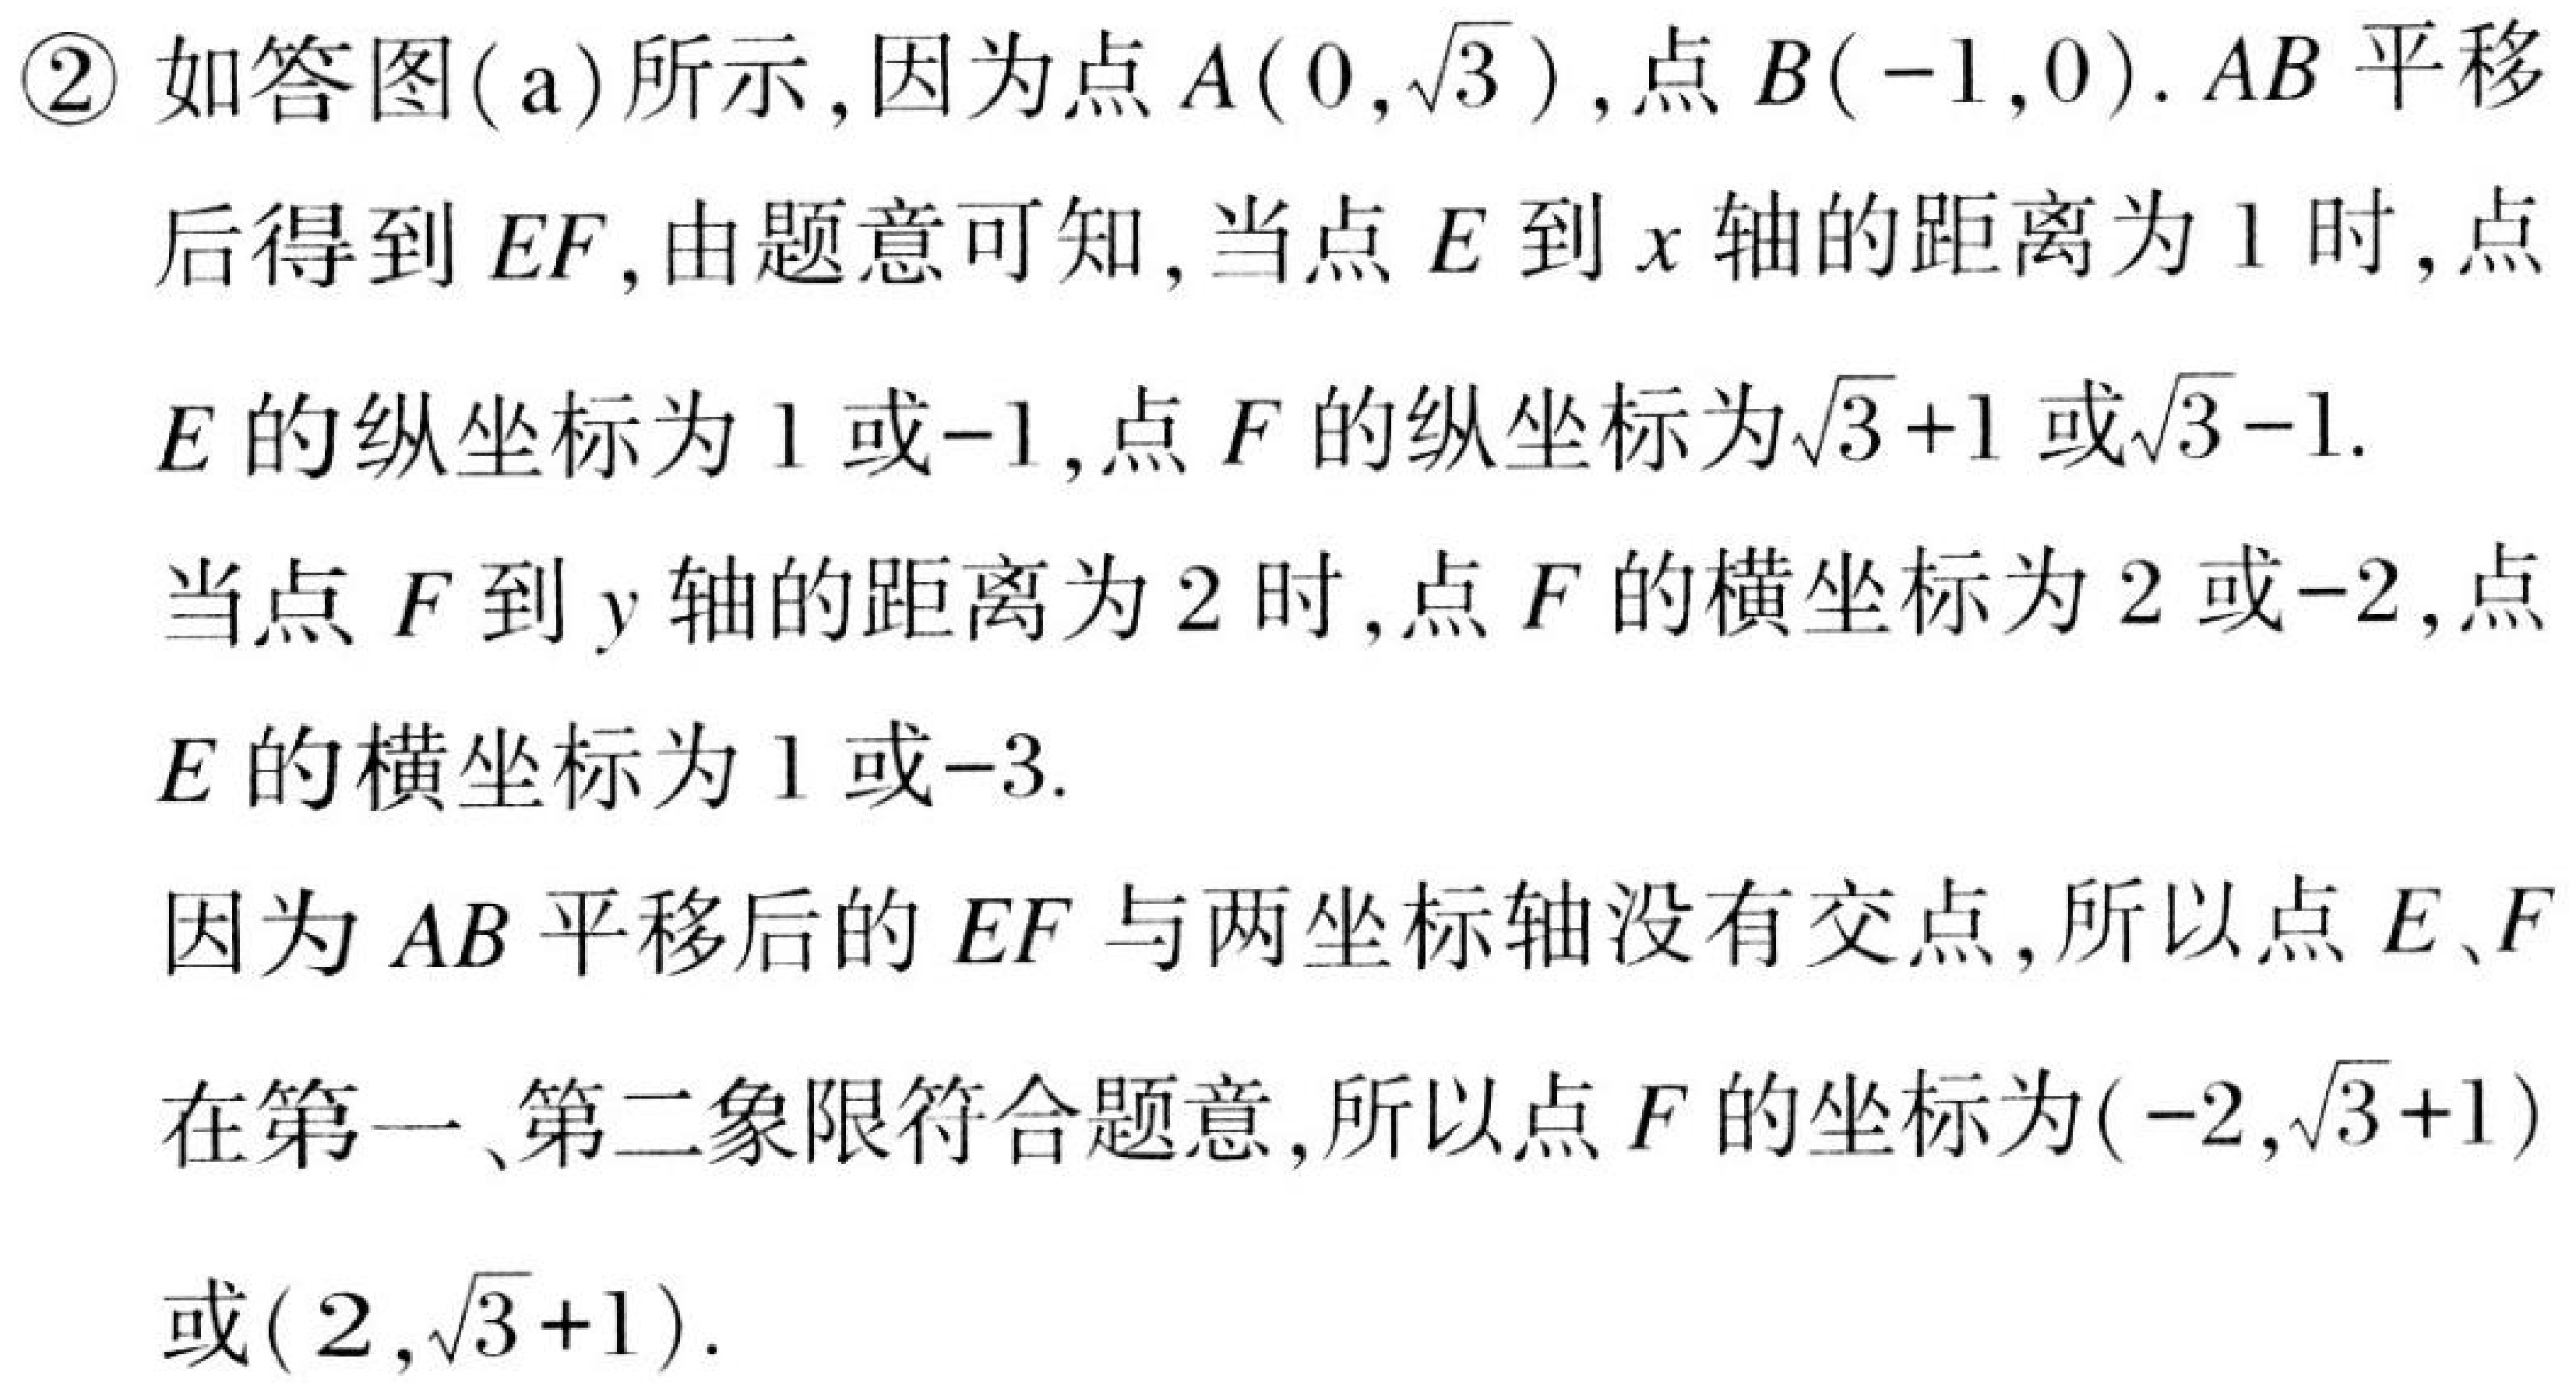
\textcircled{2} 如答图(a)所示,因为点\(A(0,\sqrt{3})\),点\(B(-1,0)\). \(AB\)平移后得到\(EF\),由题意可知,当点\(E\)到\(x\)轴的距离为\(1\)时,点\(E\)的纵坐标为\(1\)或\(-1\),点\(F\)的纵坐标为\(\sqrt{3}+1\)或\(\sqrt{3}-1\).
当点\(F\)到\(y\)轴的距离为\(2\)时,点\(F\)的横坐标为\(2\)或\(-2\),点\(E\)的横坐标为\(1\)或\(-3\).
因为\(AB\)平移后的\(EF\)与两坐标轴没有交点,所以点\(E\)、\(F\)在第一、第二象限符合题意,所以点\(F\)的坐标为\((-2,\sqrt{3}+1)\)或\((2,\sqrt{3}+1)\).